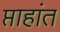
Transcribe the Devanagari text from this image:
प्ताहांत